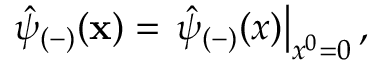
\hat { \psi } _ { ( - ) } ( { \bf x } ) = \left. \hat { \psi } _ { ( - ) } ( x ) \right| _ { x ^ { 0 } = 0 } , \; \;